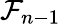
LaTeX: \mathcal{F}_{n-1}